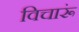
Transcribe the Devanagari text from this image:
विचारूं